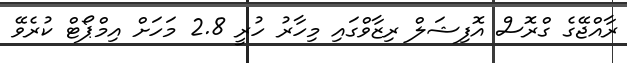
ރާއްޖޭގެ ގްރޮސް އޮފިޝަލް ރިޒާވްގައި މިހާރު ހުރީ 2.8 މަހަށް އިމްޕޯޓް ކުރެވޭ